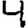
Digit: 4